Medical and sanitary report of the native army of Bengal for the year
Year: 1878
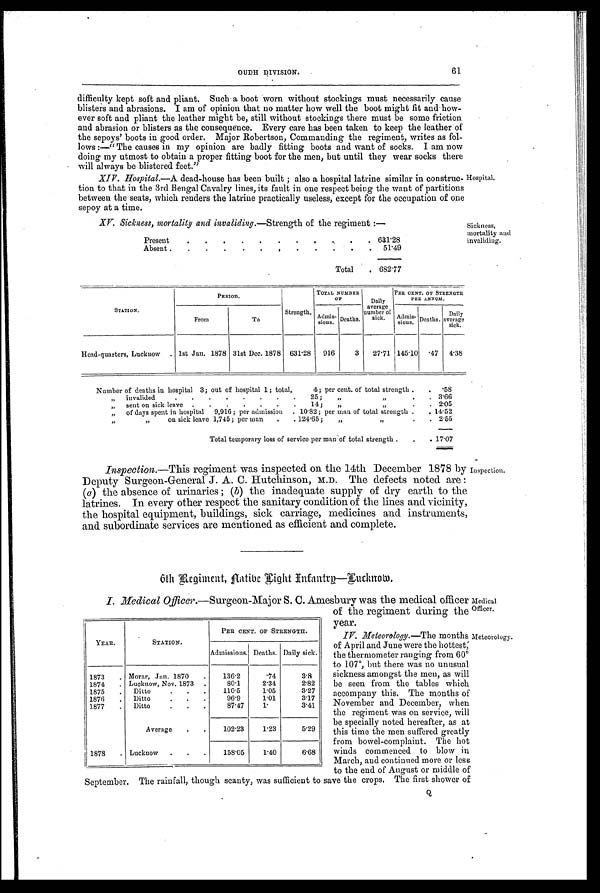
Medical
Officer.
Meteorology.
OUDH DIVISOON. 61
di ffi cul t y kept soft and pl i ant . Such a boot worn wi t hout st ocki ngs must necessari l y cause
blisters and abrasions. I am of opinion that no matter how well the boot might fit and how-
ever soft and pliant the leather might be, still without stockings there must be some friction
and abrasion or blisters as the consequence. Every care has been taken to keep the leather of
the sepoys' boots in good order. Major Robertson, Commanding the regiment, writes as fol-
lows :—" The causes in my opinion are badly fitting boots and want of socks. I am now
doing my utmost to obtain a proper fitting boot for the men, but until they wear socks there
will always be blistered feet.'
XIV. Hospital.—A dead-house has been built ; also a hospital latrine similar in construc-
tion to that in the 3rd Bengal Cavalry lines, its fault in one respect being the want of partitions
between the seats, which renders the latrine practically useless, except for the occupation of one
sepoy at a time.
XV. Sickness, mortality and invaliding. —Strength of the regiment :—
Present
.
.
.
.
.
.
.
.
.
. 631.28
Absent.
.
.
.
.
.
,
.
.
.
.
.
51.49
Total
. 682.77
Hospital.
Sickness,
mortality and
invaliding.
STATION.
PERIOD.
Strength.
TOTAL NUMBER
OF
Daily
average
number of
sick.
PER CENT. OF STRENGH
PER ANNUM.
From
To
Admis-
sions. Deaths.
Admis.
sions. Deaths.
Daily
average
sick.
Head-quarters, Lucknow
. 1st Jan. 1878 31st Dec. 1878 631.28
916
3
27.71 145.10
.47
4.38
Number of deaths iu hospital 3; out of hospital 1; total, 4; per cent. of total strength
. . .58
, ,
invalided
.
.
.
.
.
.
.
.
25 ;
„
, , . . 3.66
, ,
sent on sick leave
.
.
.
.
.
.
.
14 ;
, ,
, , . . 2.05
„
of days spent in hospital 9,916 ; per admission
. 10.82 ; per man of total strength
. . 14.52
, ,
„
on sick leave 1,745; per man
.
. 124.65;
„
. . 2.55
Total temporary loss of service per man of total strength .
.
. 17.07
Inspection. —This regiment was inspected on the 14th December 1878 by
Deputy Surgeon-General J. A. C. Hutchinson., M . D .
T h e d e f e c t s n o t e d a r e :
(a ) the absence of urinaries ; ( b) the inadequate supply of dry earth to the
latrines. In every other respect the sanitary condition of the lines and vicinity
the hospital equipment, buildings, sick carriage, medicines and instruments
and subordinate services are mentioned as efficient and complete.
Inspection.
6th Regiment, Native Light Infantry—Lucknow.
I. Medical Officer.—Surgeon-Major S. C. Amesbury was the medical officer
of the regiment during the
year.
IV. Meteorology.— T h e m o n t h s
of April and June were the hottest,
the thermometer ranging from 60°t
o 107°, but there was no unusual
sickness amongst the men, as will
be seen from the tables which
accompany this. The months of
November and December, when
the regiment was on service, will
be specially noted hereafter, as at
this time the men suffered greatly
from bowel-complaint. The hot
winds commenced to blow in
March, and continued more or less
to the end of August or middle of
September. The rainfall, though scanty, was sufficient to save the crops. The first shower of
YEAR.
STATION.
PER CENT. OF STRENGTH.
Admissions. Deaths. Daily sick.
1 8 7 3 .
Morar, Jan. 1870
.
136.2
. 7 4
3.8
1874
. Lucknow, Nov. 1873
.
80.1
2.34
2.82
1875
.
Ditto
. . .
110.5
1.05
3.27
1876
.
Di t t o . .
96.9
1.01
3.17
1877
.
Ditto.
. .
87.47
1.
3.41
Average
. .
102.23
1.23
5.29
1878
. Lucknow
. . .
158.05
1.40
6.68